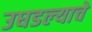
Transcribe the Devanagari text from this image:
उघडल्‍याचे